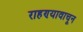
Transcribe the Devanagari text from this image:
राहण्यावाचून